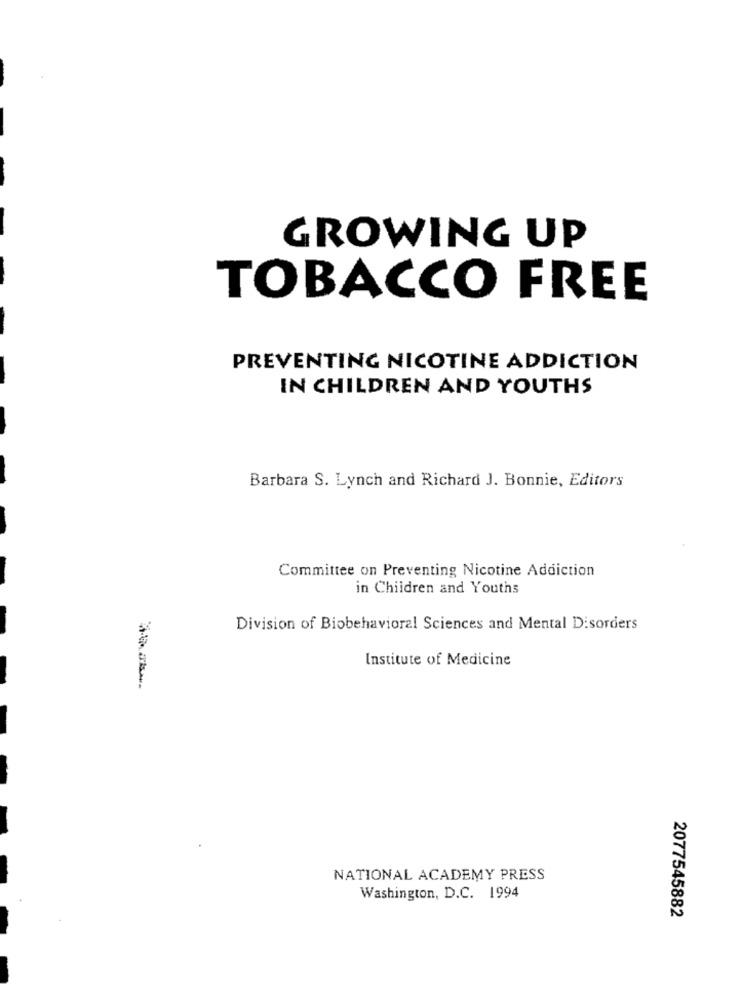
GROWING UP
TOBACCO FREE
PREVENTING NICOTINE ADDICTION
IN CHILDREN AND YOUTHS
Barbara S. Lynch and Richard J. Bonnie, Editors
Committee on Preventing Nicotine Addiction
in Children and Youths
Division of Biobehavioral Sciences and Mental Disorders
Institute of Medicine
NATIONAL ACADEMY PRESS
Washington, D.C. 1994
2077545882